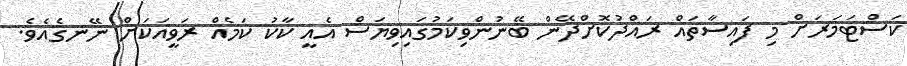
ކަސްޓަމަރަށް މި ފައިސާތައް ރައްދުކޮށްދޭން ބޭނުންވިކަމުގައިވިޔަސް އެއީ ކާކު ކަމެއް ރަވީއަކަށް ނޭނގެއެވެ.